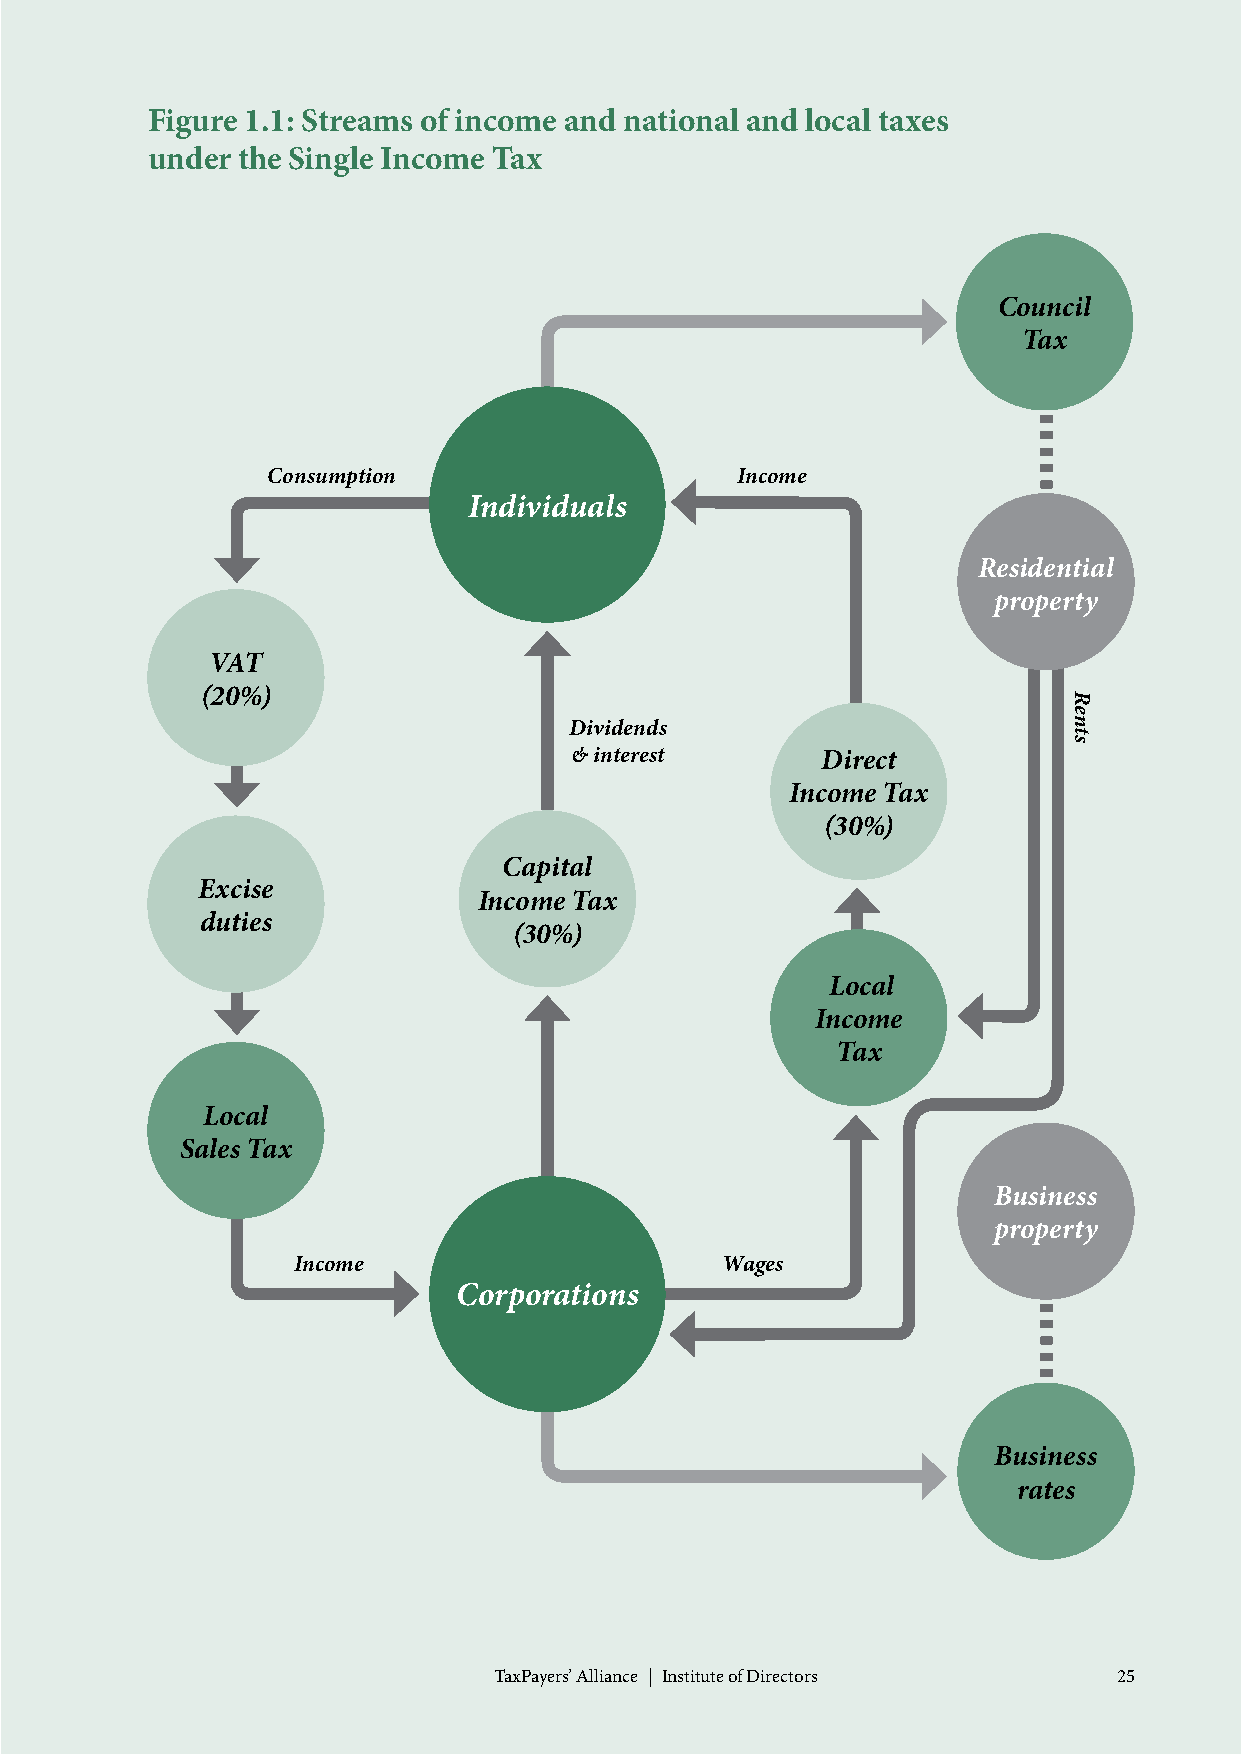
Figure 1.1: Streams of income and national and local taxes
 under the Single Income Tax
 Council
 Tax
 Consumption                    Income
 Individuals
 Residential
 property
 VAT
 (20%)
 Dividends
 & interest      Direct
 Income Tax
 (30%)
 Capital
 Excise
 Income Tax
 duties
 (30%)
 Local
 Income
 Tax
 Local
 Sales Tax
 Business
 property
 Income                       Wages
 Corporations
 Business
 rates
 TaxPayers’ Alliance | Institute of Directors 25
 Rents